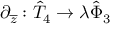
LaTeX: \partial _ { \overline { { { z } } } } : \hat { T } _ { 4 } \rightarrow \lambda \hat { \Phi } _ { 3 }